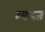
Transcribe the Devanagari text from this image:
श्वस्त